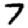
Digit: 7